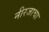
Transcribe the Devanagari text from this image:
नीरजाचा